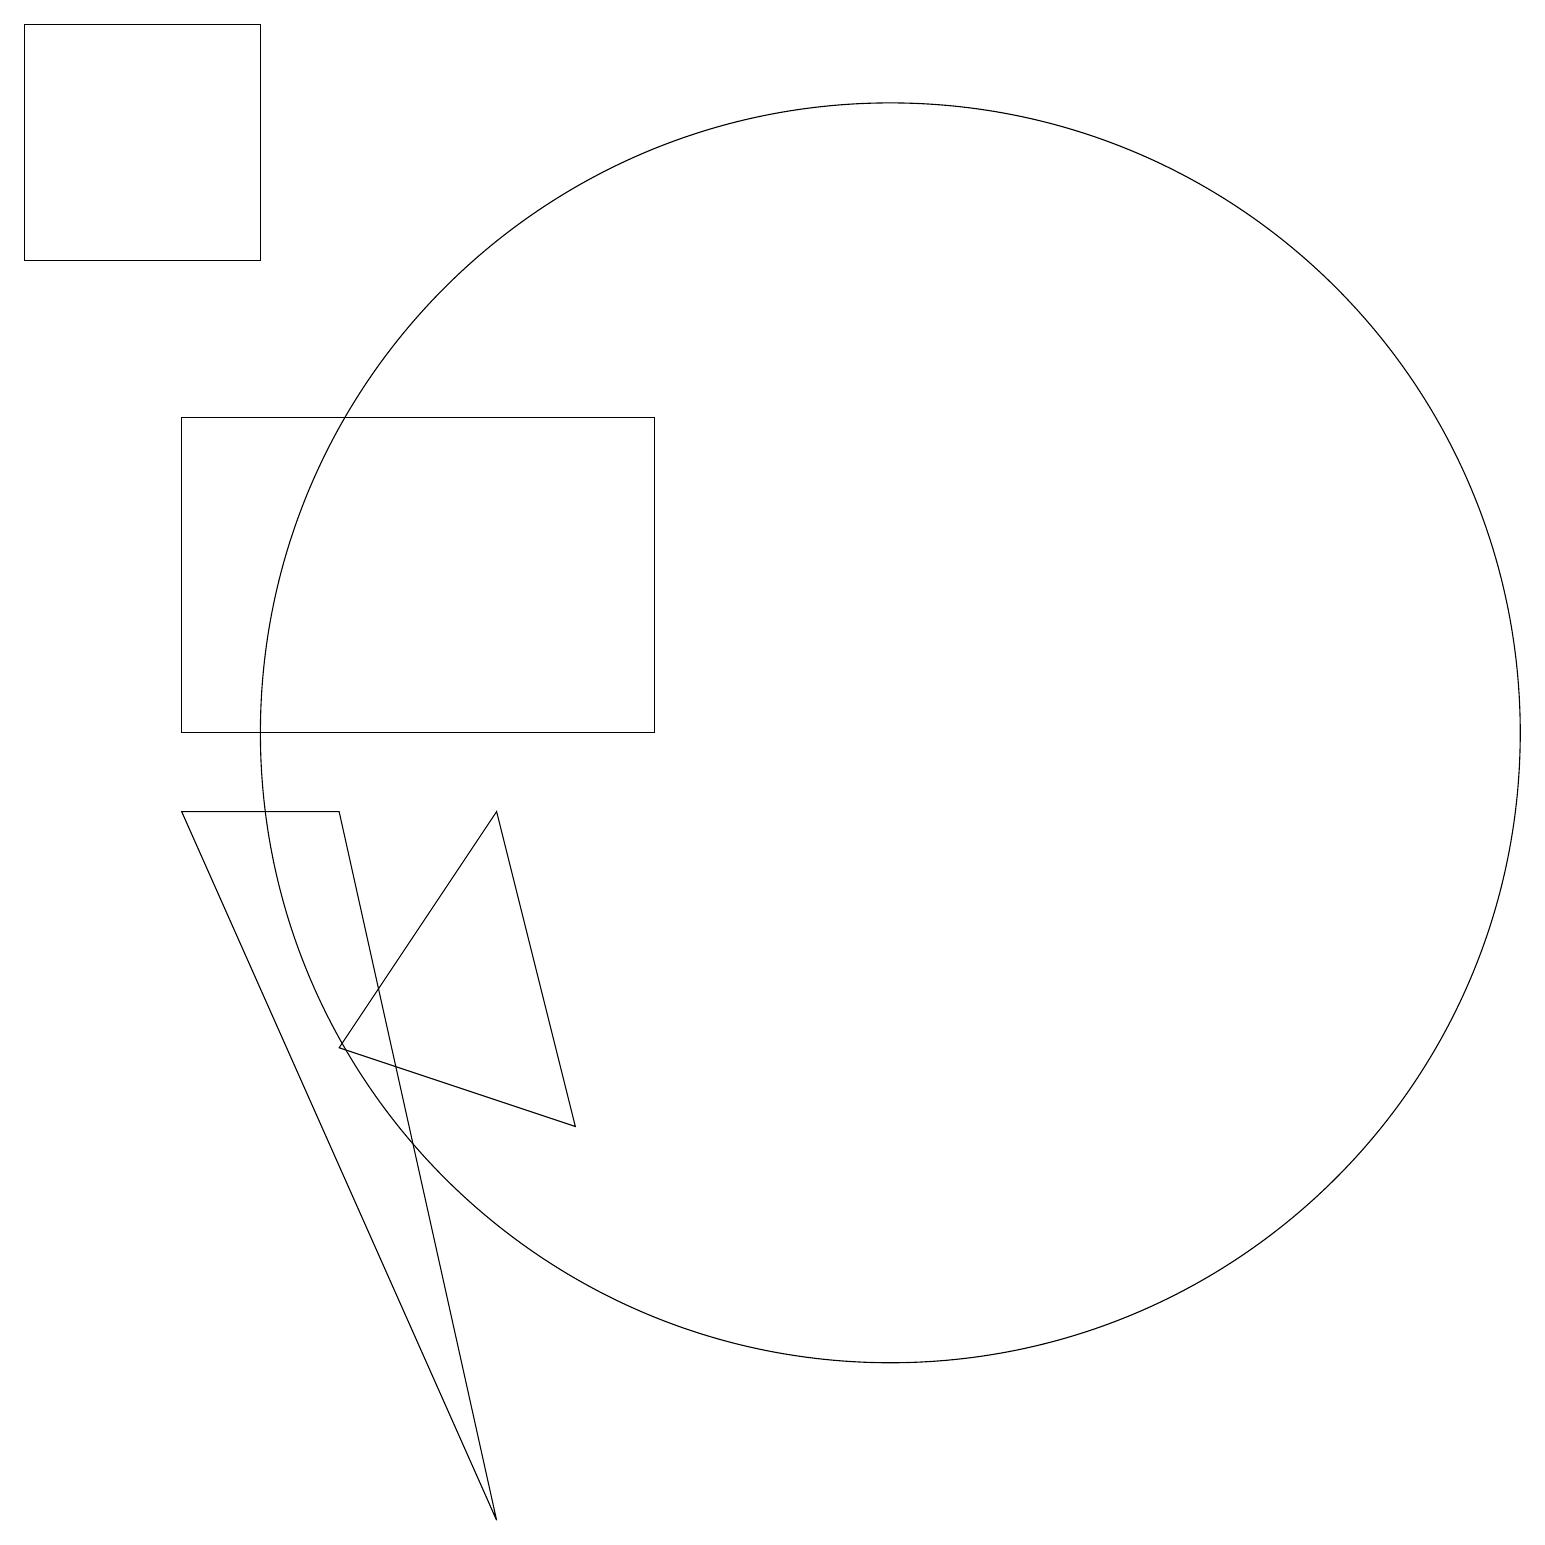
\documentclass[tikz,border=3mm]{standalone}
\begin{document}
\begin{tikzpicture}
\draw (11,10) circle (8);
\draw (2,10) rectangle (8,14);
\draw (4,6) -- (6,9) -- (7,5) -- cycle;
\draw (2,9) -- (6,0) -- (4,9) -- cycle;
\draw (0,16) rectangle (3,19);
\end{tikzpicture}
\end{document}